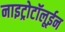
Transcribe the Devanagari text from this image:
नाइट्रोटॉलूईन